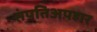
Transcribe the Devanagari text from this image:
संपतिअपहार